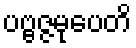
ပဗ္ဗဇ္ဇမုပေတိ